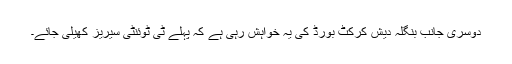
دوسری جانب بنگلہ دیش کرکٹ بورڈ کی یہ خواہش رہی ہے کہ پہلے ٹی ٹوئنٹی سیریز کھیلی جائے۔